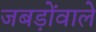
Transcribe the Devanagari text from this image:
जबड़ोंवाले